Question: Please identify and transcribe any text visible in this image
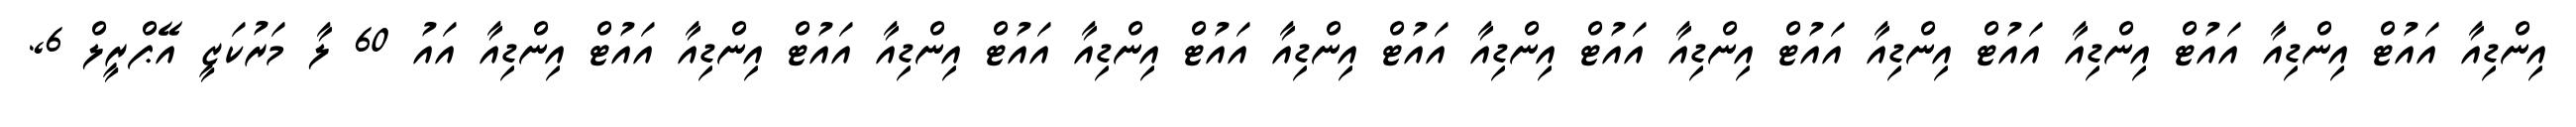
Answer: އިންޑިއާ އައުޓް އިންޑިއާ އައުޓް އިންޑިއާ އައުޓް އިންޑިއާ އައުޓް އިންޑިއާ އައުޓް އިންޑިއާ އައުޓް އިންޑިއާ އައުޓް އިންޑިއާ އައުޓް އިންޑިއާ އައުޓް އިންޑިއާ އައުޓް އިންޑިއާ އައު 60 ލާ މަރުކަޒީ އޭޕްރީލް 6,.